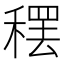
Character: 𫁂